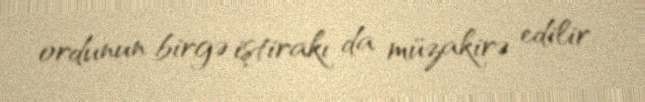
ordunun birgə iştirakı da müzakirə edilir.